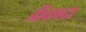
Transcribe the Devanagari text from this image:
जीकादा